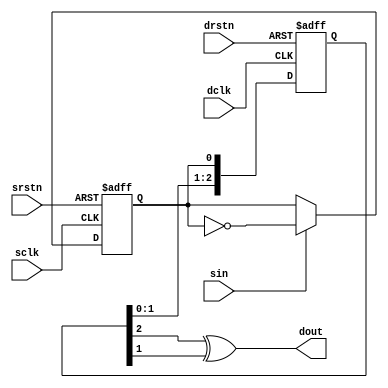
module dcmi_psync (
    input srstn, sclk, sin,
    input drstn, dclk,
    output dout
);
// source toggle
reg stoggle;
always @(posedge sclk or negedge srstn)
    if (~srstn)
        stoggle <= 0;
    else if (sin)
        stoggle <= ~stoggle;
// cross clock domain
reg [2:0] stoggle_dly;
always @(posedge dclk or negedge drstn)
    if (~drstn)
        stoggle_dly <= 0;
    else
        stoggle_dly <= {stoggle_dly[1:0], stoggle};
// edge
assign dout = stoggle_dly[2] ^ stoggle_dly[1];

endmodule